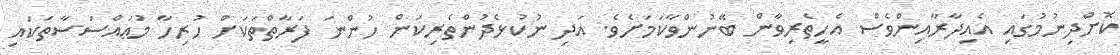
ކޮށްދިނުމުގައި އެއިދާރާއިންވެސް އެހީތެރިވާން ބޭނުންވާކަމަށެވެ. އަދި ނުކުޅެދުންތެރިކަން ހުންނަ ފަރާތްތަކަށް ހުރިހާ މުޢައްސަސާތަކައި